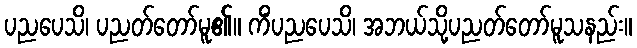
ပညပေသိ၊ ပညတ်တော်မူ၏။ ကိံပညပေသိ၊ အဘယ်သို့ပညတ်တော်မူသနည်း။